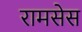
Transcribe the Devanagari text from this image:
रामसेस